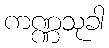
ကဏ္ဏသုခါ